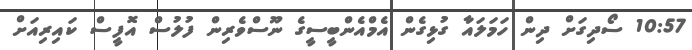
10:57 ސޯދިގަށް ދިން ހަމަލައާ ގުޅިގެން އެމްއެންބީސީގެ ނޫސްވެރިން ފުލުސް އޮފީސް ކައިރިއަށް